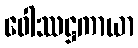
ဝေါဿဋ္ဌကာယာ